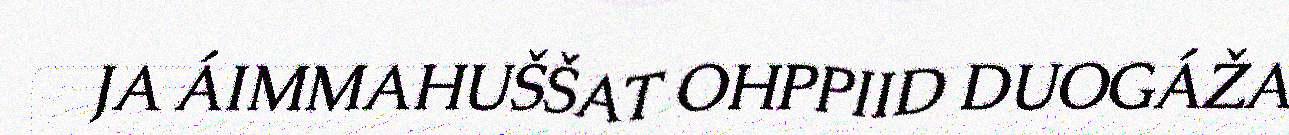
JA ÁIMMAHUŠŠAT OHPPIID DUOGÁŽA